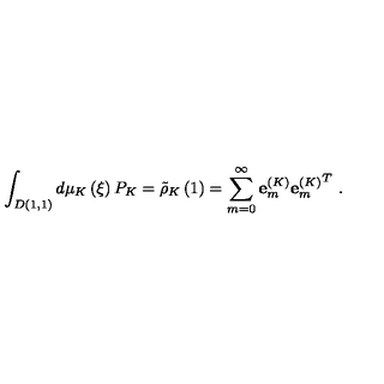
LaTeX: \int _ { D ( 1 , 1 ) } { d \mu _ { K } \left( \xi \right) P _ { K } = { \tilde { \rho } } _ { K } \left( 1 \right) = \sum _ { m = 0 } ^ { \infty } { { \bf e } _ { m } ^ { \left( K \right) } { { \bf e } _ { m } ^ { \left( K \right) } } ^ { T } } } \ .